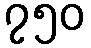
၇၅၀